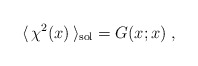
\begin{align*}\langle \,\chi^2(x) \,\rangle_{\rm sol}=G(x;x)\;,\end{align*}